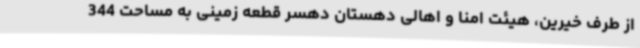
از طرف خیرین، هیئت امنا و اهالی دهستان دهسر قطعه زمینی به مساحت 344